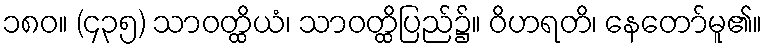
၁၈၀။ (၄၃၅) သာဝတ္ထိယံ၊ သာဝတ္ထိပြည်၌။ ဝိဟရတိ၊ နေတော်မူ၏။